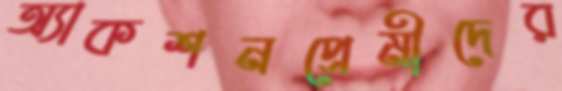
অ্যাকশনপ্রেমীদের